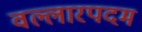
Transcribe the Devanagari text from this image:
वल्लारपदम